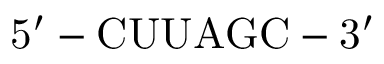
\mathrm { 5 ^ { \prime } - C U U A G C - 3 ^ { \prime } }